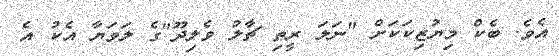
އެވެ. ބެކް މިޔުޒިކަކަށް "ނަލަ ރީތި ޗާލު ވެލިދޫ"ގެ ލަވަޔާ އެކު އެ